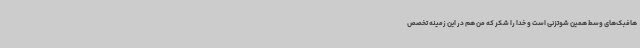
هافبک‌های وسط همین شوتزنی است و خدا را شکر که من هم در این زمینه تخصص